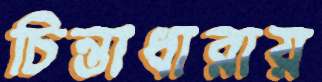
চিন্তাধারায়